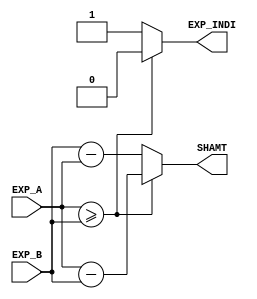
`timescale 1ns / 1ps
//////////////////////////////////////////////////////////////////////////////////
// Company: 
// 
// Design Name: 
// Module Name:     FLOAT_ADD
// Project Name: 

// Revision: 
// Revision 0.01 - File Created
// Additional Comments: 
//


////////////////////////////Exponent Compare/////////////////////////////////////////////
module EXP_CMP(
	input	    [7:0] EXP_A, //Exponent of Input 1
	input	    [7:0] EXP_B, //Exponent of Input 2
	output	     EXP_INDI,	//Used to indicate the comparison result of exponents of input
	output	    [7:0] SHAMT	// Shift Amount is output -> |EXP_A - EXP_B|
);

	wire [7:0] DIFF_A, DIFF_B;
	// Difference of Exponents
	assign DIFF_A = (EXP_A) - (EXP_B);	
	assign DIFF_B = (EXP_B) - (EXP_A);
	
	//expA > expB -> expIndicate = 0 ; 		 	expA < expB -> expIndicate = 1 ; 
	assign EXP_INDI = ((EXP_A) >= (EXP_B))? 1'b0 : 1'b1;
	
	//expA > expB -> SHAMT = EXP_A - EXP_B ; 		 expA < expB -> SHAMT = EXP_B - EXP_A ;
	assign SHAMT = EXP_INDI ? DIFF_B : DIFF_A;

endmodule


////////////////////////////24-bit MUX/////////////////////////////////////////////
module MUX_24(
	input	[22:0] X,
	input	[22:0] Y,
	input 	expInd,
	input   X_zero,
	input	Y_zero,
	output  [23:0] out

);
	// 24-bits Mux; Bits[0:22} Fraction part of input
	assign out[22:0] = expInd? X[22:0] : Y[22:0];

	//Intial Assumption Inputs are always in Normalized form
	//If input number is non zero MSB Will always remain 1 --> {1.[fraction_part]} according to above condition
	assign out[23] = expInd?((X_zero?1'b0:1'b1)):(Y_zero?1'b0:1'b1);

endmodule


////////////////////////////Shift RIght Fraction/////////////////////////////////////////////
module FR_SHFT(
	input	    [23:0] FR_IN,
	input	    [7:0]  SHAMT,
	output	    [23:0] FR_OUT
);
	//Shifting Out the fraction part of smaller exponent
	assign FR_OUT = FR_IN >> (SHAMT);
	
endmodule


////////////////////////////8-bit MUX Exponent/////////////////////////////////////////////
module MUX_8(
	input	[7:0] X,
	input	[7:0] Y,
	input 	expInd,
	output  [7:0] out

);
	// 8-bits Mux; Bits[0:22} Exponent part of input
	assign out[7:0] = expInd? Y[7:0] : X[7:0];
// Module used to Output the Higher Exponent

endmodule


//////////////////////////// Comparison of Bigger Input /////////////////////////////////////////////
module CHECK_B(
	input	[30:0] X,
	input	[30:0] Y,
	output   out_ind

);
	// MUX used to Compare the absolute value of two inputs A & B
	// A> B --> out_ind = 0  | B>A -->out_ind = 1
	assign out_ind = (X > Y)? 1'b0 : 1'b1;


endmodule


//////////////////////////// BIG ALU ( ADDITION & SUBTRACTION) /////////////////////////////////////////////
module BIG_ALU(
	input sgnA,
	input sgnB,
	input bignum,
	input	[23:0] A_s,
	input	[23:0] B_s,
	output	reg	 sgnOut,
	output  reg [24:0] sumOut

);
	always @(sgnA,sgnB,A_s,B_s,bignum)
	begin
		if(sgnA == sgnB)		 // sign of both inputs are same
		begin
			sumOut = A_s + B_s;	// If sign of two inputs are same perform addition operation
			sgnOut = sgnA;		// Output sign  = sign of Input A
		end

		else				// sign of both inputs are opposite perform subtraction
		begin
			// Case when signs are opposite do: Output = Bigger - Smaller
		
			if(bignum ==0)		// Input A > Input B		
			begin
				sumOut = A_s - B_s;	// A - B	
				sgnOut = sgnA;		// Output sign = Sign(input A)
			end
		
			else			//Input B > Input A
			begin
				sumOut = B_s - A_s;	// B - A
				sgnOut = sgnB;		// Output sign = Sign(input B)
			end	
		end
	end
	

endmodule


//////////////////////////// ROUNDING / NORMALISATION HARD /////////////////////////////////////////////
module ROUND(
	input	[24:0] frin,
	input	[7:0]  expIn,
	input	sgnOut,
	output	reg	[7:0]  expfIn,
	output  reg [22:0] frsOut,
	output  reg	sgOut
);
	
	reg [24:0] ftemp;
	
	always @(frin,expIn,sgnOut)
	begin
		ftemp[24:0] = frin[24:0];	
		expfIn[7:0] = expIn[7:0];
		if(ftemp!=0)		//checking for Mantissa result of BIG ALU ! = 0
		begin
			if(ftemp[24]==1'b1)		// carry generated : hence normalise output
			begin
				ftemp = ftemp >> 1;		// shift Mantissa Right by 1-bit
				expfIn = expfIn + 1'b1;		//Increment Exponent
			end
			else
			begin
				//Carry Not generated and denormalized form
				repeat(24)
				begin
					if(ftemp[23]==0)		//shift left until output is normalized
					begin
						ftemp = ftemp << 1'b1;
						expfIn = expfIn - 1;
					end
				end
			end
			sgOut = sgnOut;
			frsOut[22:0] = ftemp[22:0];
			
		end

		if(ftemp == 0)		//checking for Mantissa result of BIG ALU  == 0
		// In this case the output result = 0
		begin
			expfIn= 8'b0;		//Output exponent = 0
			sgOut = 1'b0;		//Output Sign bit = 0
			frsOut[22:0] = 22'b0;	//output Mantissa  = 0
		end
	
	
		//////////////Output Exceptions////////////////////////////////////////////
		if(expfIn == 8'd255)	// Exponent = 255 overflow occurs ;  Output = Infinity
		begin
			frsOut[22:0] = 22'b0;	//output Mantissa  = 0
			sgOut = sgnOut;
		end
		
		// Exponent = 0 underflow occurs ;  Output = 0
		if(expfIn == 8'd0)
		begin
			frsOut[22:0] = 22'b0;	//output Mantissa  = 0
			sgOut = 0;		//Output Sign bit = 0
		end
	end


endmodule
 


////////////////////////////**********************Main Module FLoating Point Adder*********************/////////////////////////////////////////////
//Initial Assumptions Inputs are in IEEE-754 format
//Number is a floating point number in normalized form;

module FLOAT_ADD(
	input	[31:0] A,		//Input-1
	input	[31:0] B,		//Input-2
	output  [31:0] Out 		// contain the final output in IEEE-754 format
);
	wire [7:0] expA, expB; 		// Wires to separate out the exponent from the given input format


	// shift is being used to the fraction part of number with smaller exponent
	wire [7:0] shift;		// shift is used to extract the absolute difference between the two exponents
	

	//expA > expB -> expIndicate = 0 ; | expA < expB -> expIndicate = 1 ; 
	wire expIndicate;			//expIndicate is used to indicate the comparison result of  exponents of given input;
			
	wire [22:0] frA, frB ;			// Wires to separate out the fraction part from the given input format

	wire [23:0] muxout1, muxout2;		//muxout1 is used to store the fraction part of the input with smaller input; muout 2 ---> fraction part of bigger input

	wire [23:0] frOut;			//frOut used to extract the right-shifted fraction part

	wire [7:0] expOut;			// Output of the mux which selects the bigger exponent of two inputs

	wire [23:0] A_s, B_s;			// wires to connect the processed the mantissa's of two inputs respectively
	
	wire [24:0] fadderout;			//output of the adder operation

	
	wire sgnA, sgnB, sgnOut;		//sgnA --> sign bit Input A  | sgnB --> sign bit Input B
	

	// Input A > Input B --> bigIndicate = 0 | else bigIndicate = 1
	wire bigIndicate;			// Output of the MUX to indicate the comparison of two inputs;
	

	//connecting wires to the exponent part of inputs bit(23-30)
	assign expA[7:0] = A[30:23];
	assign expB[7:0] = B[30:23];
	
	//connecting wires to the fraction part of inputs bit(0-22)
	assign frA[22:0] = A[22:0];
	assign frB[22:0] = B[22:0];
	
	//connecting wires to the sign bit of inputs 
	assign sgnA = A[31];
	assign sgnB = B[31];	
	
	wire expAff, expBff;		//wire to indicate respective Exponent is = 255_d
	wire expA_zero, expB_zero;	//wire to indicate  respective exponent is zer0
	wire frA_zero, frB_zero;	//wire to indicate respective fractional part = 0
	wire A_zero, B_zero;		//wire to indicate any input = 0
	
	wire  A_INF, B_INF;		// Set if Respective input is infinity
	wire INP_INF;			// Set only if one of the input is infinity
	wire TWO_INF;			// set if both inputs are infinity and of same sign
	
	// Input exception signals
	assign expAff = &A [30:23];	//set if Exponent of Input A = 255_d
	assign expBff = &B[30:23];	//set if  respective Exponent of Input B = 255_d

	assign expA_zero = ~|A [30:23];	 //set if Exponent of Input A = 0
	assign expB_zero = ~|B [30:23];	 //set if Exponent of Input B = 0

	assign frA_zero = ~|A [22:0];	//set if fractional part of Input A = 0
	assign frB_zero = ~|B [22:0];	//set if fractional part of Input B = 0

	assign A_zero = expA_zero & frA_zero;	//set if input A = 0
	assign B_zero = expB_zero & frB_zero;	//set if input B = 0

	// Instantiating the module which gives the absolute amount of shift and outputs expIndicate
	EXP_CMP CMP0(expA,expB,expIndicate,shift);

	//MUX m0 gives the fraction part of the input with smaller exponent value
	MUX_24  m0  (frA,frB, expIndicate,A_zero, B_zero, muxout1);
	
	//MUX m1 gives the fraction part of the input with bigger exponent value
	MUX_24  m1  (frB,frA, expIndicate,B_zero, A_zero, muxout2);

	//Right shifting the fraction part of the number with smaller exponent, shift amount is passed parameter 'shift'
	FR_SHFT s0  (muxout1,shift,frOut);
	
	//MUX e0 gives the Exponent part of the input with higher exponent value
	MUX_8  e0  (expA,expB, expIndicate,expOut);

	//Assigning the processed fraction part of Input A
	assign A_s = (expIndicate)? frOut:muxout2;

	//Assigning the processed fraction part of Input A
	assign B_s = (expIndicate)? muxout2:frOut;

	// MUX used to Compare the absolute value of two inputs A & B
	CHECK_B c0 (A[30:0],B[30:0],bigIndicate);	// A> B --> bigIndicate = 0  | B>A -->bigIndicate = 1
	
	//BIG ALU b0 used to perform the arithmetic operation ADD/SUB
	BIG_ALU b0 (sgnA,sgnB,bigIndicate,A_s,B_s,sgnOut,fadderout);
	
		
	wire [22:0] fracfin;	// Output fraction part (22 bits) from Rounding  Hardware
	wire [7:0] expfin;	//Output exponent part (8bits) from rounding harware
	wire sgnfin;		//Output sign bits from the rounding hardware


	//Rounding Hardware used for normalizing the result in IEEE 754 format
	ROUND r0 (fadderout, expOut, sgnOut, expfin, fracfin,sgnfin);

	////////////////////////////////**** EXCEPTION HANDLER FOR INPUTS/********//////////////////////////////////////

	// Exception for Input Infinity

	assign A_INF = expAff & (frA_zero) ;	// Set if input A is infinity
	assign B_INF = expBff & (frB_zero) ;	// Set if input B is infinity
	
	// Set only if one of the input is infinity
	assign TWO_INF   = ( A_INF & B_INF & (~(sgnA ^ sgnB)) ); 	// Output in this case should be always +/- Infinity

	// set if both inputs are infinity and of same sign
	assign INP_INF = (A_INF ^ B_INF) ; 				// Output in this case should be always +/- Infinity

	//If input exception for Infinity Occurs final output is always infinity   |  else final Output is output of rounding hardware
	assign Out[31:0] = (INP_INF |TWO_INF)?(bigIndicate?{sgnB,8'hFF,23'b0}:{sgnA,8'hFF,23'b0}):{sgnfin,expfin,fracfin};
	

endmodule